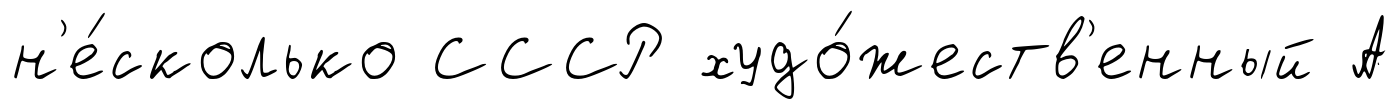
н'е́сколько СССР худо́жеств'енный А